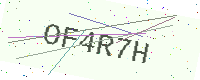
Text: OF4R7H